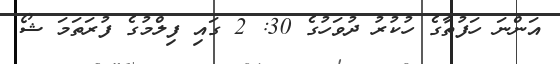
އަންނަ ހަފުތާގެ ހުކުރު ދުވަހުގެ 30: 2 ގައި ފިލްމުގެ ފުރަތަމަ ޝޯ